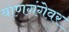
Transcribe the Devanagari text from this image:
बाणगंगेवर